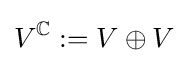
V^{\mathbb {C} }:=V\oplus V